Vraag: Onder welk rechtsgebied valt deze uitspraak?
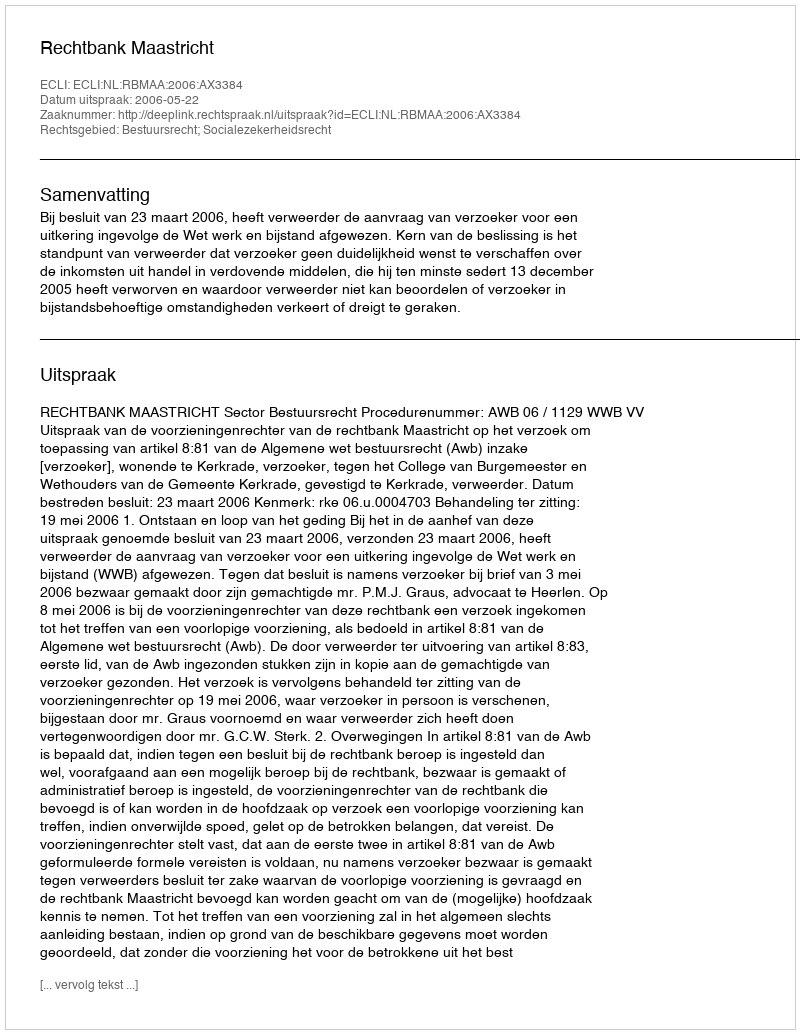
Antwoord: Bestuursrecht; Socialezekerheidsrecht